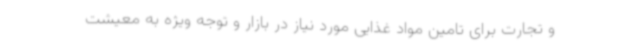
و تجارت برای تامین مواد غذایی مورد نیاز در بازار و توجه ویژه به معیشت